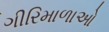
ગીરિમાળાઓ